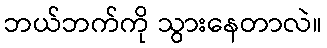
ဘယ်ဘက်ကို သွားနေတာလဲ။